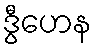
ဒွီဟေန